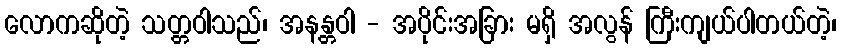
လောကဆိုတဲ့ သတ္တဝါသည်၊ အနန္တဝါ - အပိုင်းအခြား မရှိ အလွန် ကြီးကျယ်ပါတယ်တဲ့၊